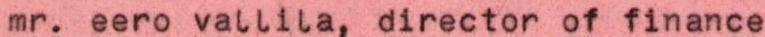
mr. eero vallila, director of finance